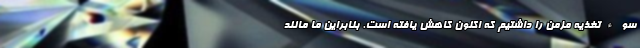
سوءتغذیه مزمن را داشتیم که اکنون کاهش یافته است. بنابراین ما مانند